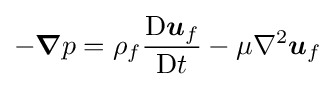
-{\boldsymbol {\nabla }}p=\rho _{f}{\frac {{\text{D}}{\boldsymbol {u}}_{f}}{{\text{D}}t}}-\mu \nabla ^{2}{\boldsymbol {u}}_{f}